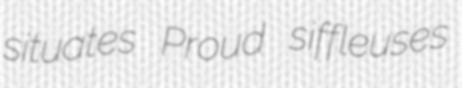
situates Proud siffleuses